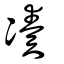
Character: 凑